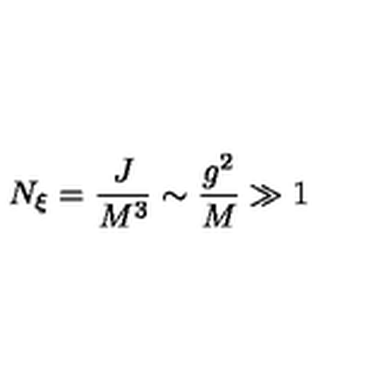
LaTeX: N _ { \xi } = { \frac { J } { M ^ { 3 } } } \sim { \frac { g ^ { 2 } } { M } } \gg 1